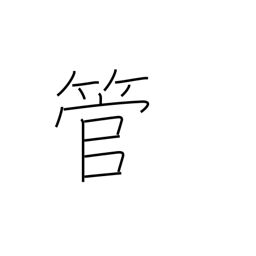
Meaning: drunken talk